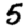
Digit: 5